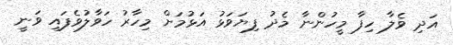
އަދި ވެލާ ހިފާ މީހުންނާ މެދު ފިޔަވަޅު އަޅުމަށް މިހާރު ހަވާލުވެފައި ވަނީ